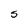
Character: S